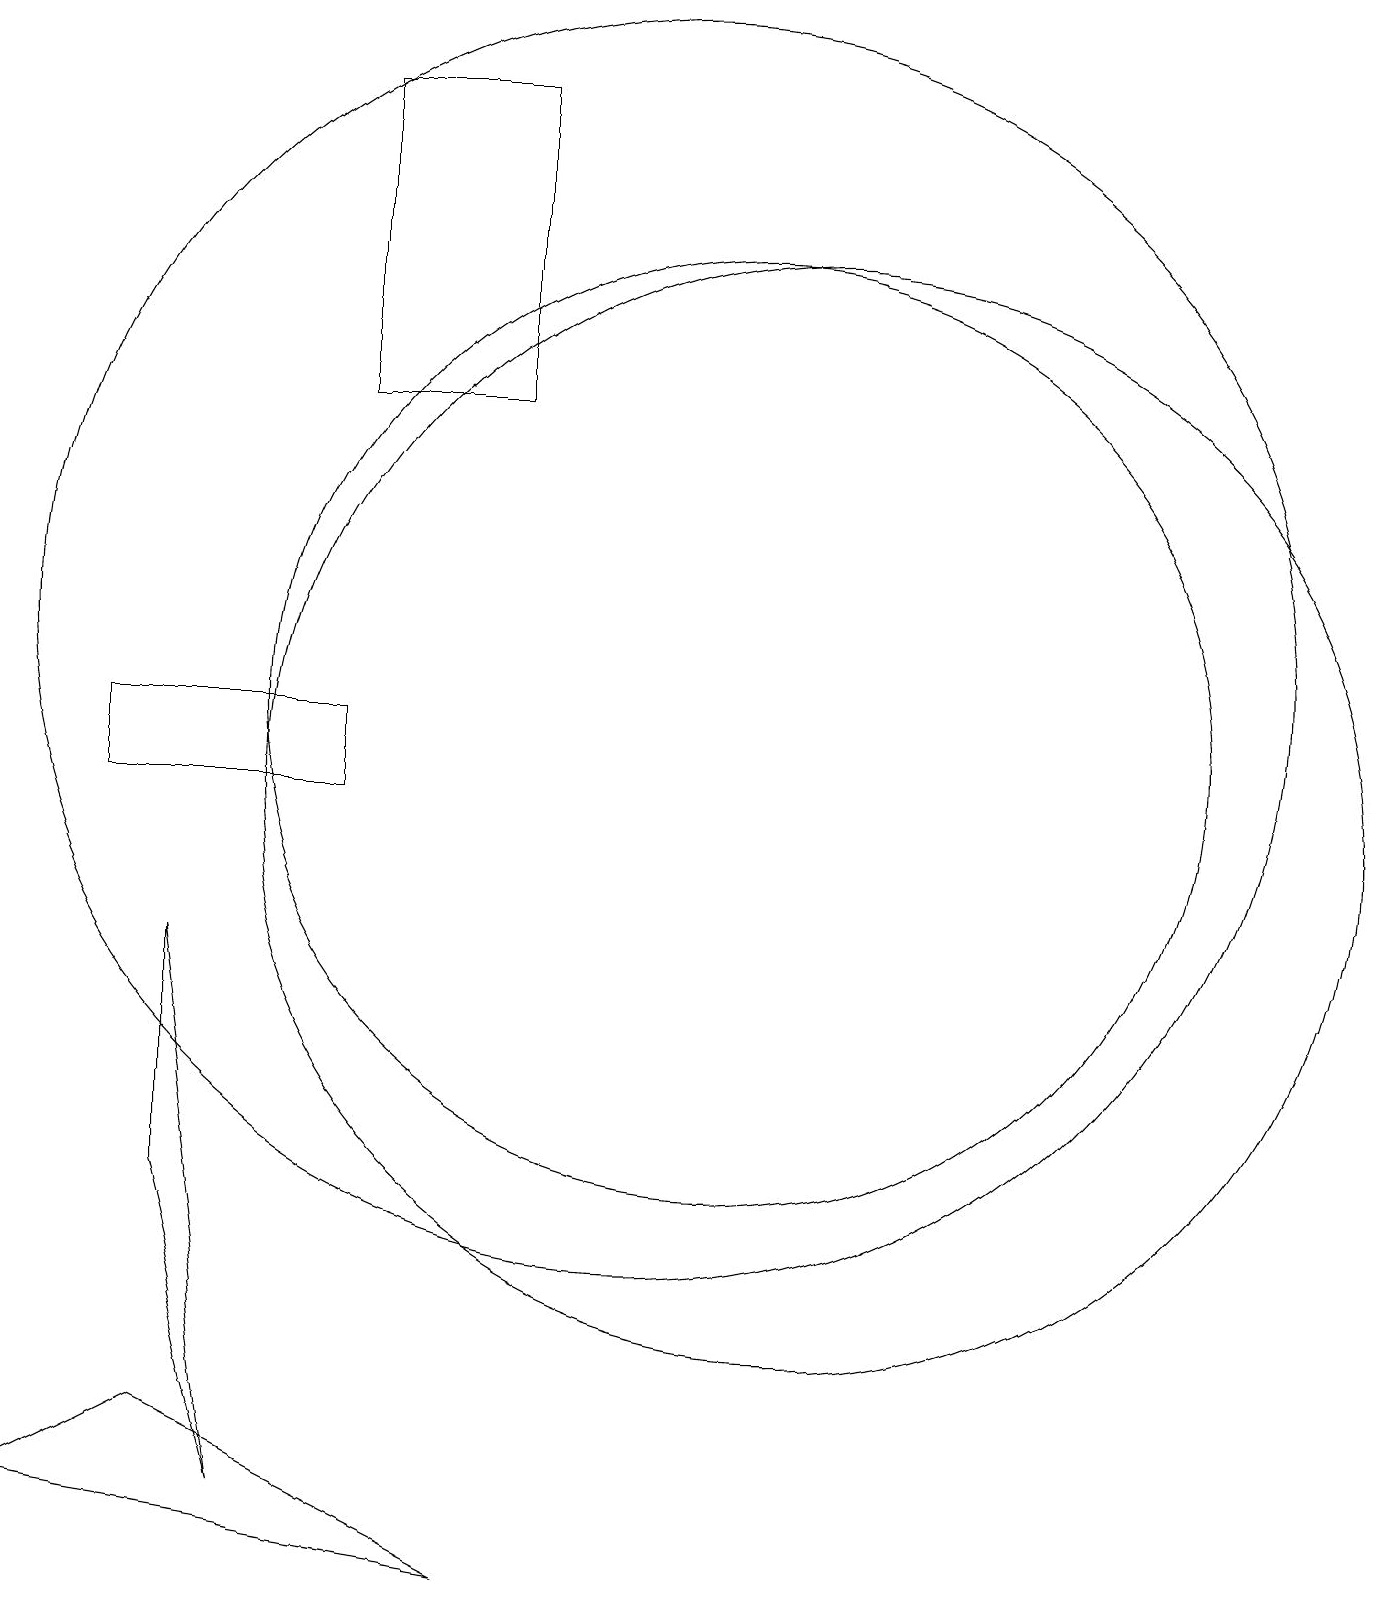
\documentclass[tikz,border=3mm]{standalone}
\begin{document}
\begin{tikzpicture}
\draw (8,19) rectangle (6,15);
\draw (4,5) -- (5,1) -- (4,8) -- cycle;
\draw (11,11) circle (6);
\draw (10,12) circle (8);
\draw (12,10) circle (7);
\draw (3,10) rectangle (6,11);
\draw (2,1) -- (8,0) -- (4,2) -- cycle;
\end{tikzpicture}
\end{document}